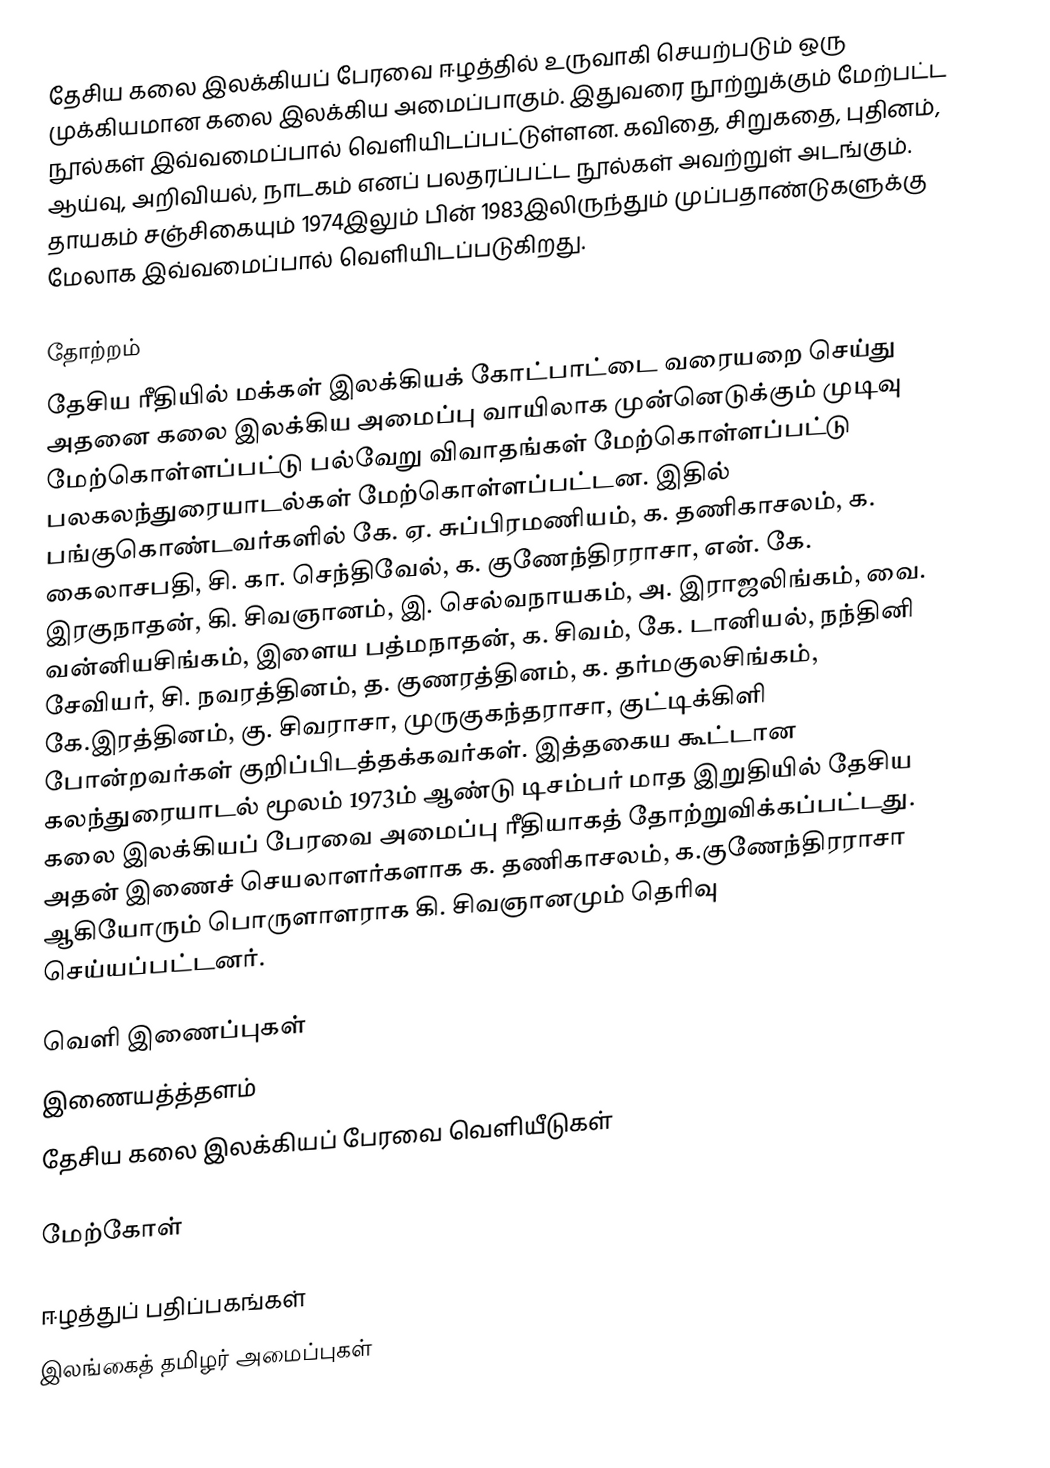
தேசிய கலை இலக்கியப் பேரவை ஈழத்தில் உருவாகி செயற்படும் ஒரு முக்கியமான கலை இலக்கிய அமைப்பாகும். இதுவரை நூற்றுக்கும் மேற்பட்ட நூல்கள் இவ்வமைப்பால் வெளியிடப்பட்டுள்ளன. கவிதை, சிறுகதை, புதினம், ஆய்வு, அறிவியல், நாடகம் எனப் பலதரப்பட்ட நூல்கள் அவற்றுள் அடங்கும். தாயகம் சஞ்சிகையும் 1974இலும் பின் 1983இலிருந்தும் முப்பதாண்டுகளுக்கு மேலாக இவ்வமைப்பால் வெளியிடப்படுகிறது.

தோற்றம்
தேசிய ரீதியில் மக்கள் இலக்கியக் கோட்பாட்டை வரையறை செய்து அதனை கலை இலக்கிய அமைப்பு வாயிலாக முன்னெடுக்கும் முடிவு மேற்கொள்ளப்பட்டு பல்வேறு விவாதங்கள் மேற்கொள்ளப்பட்டு பலகலந்துரையாடல்கள் மேற்கொள்ளப்பட்டன. இதில் பங்குகொண்டவர்களில் கே. ஏ. சுப்பிரமணியம், க. தணிகாசலம், க. கைலாசபதி, சி. கா. செந்திவேல், க. குணேந்திரராசா, என். கே. இரகுநாதன், கி. சிவஞானம், இ. செல்வநாயகம், அ. இராஜலிங்கம், வை. வன்னியசிங்கம், இளைய பத்மநாதன், க. சிவம், கே. டானியல், நந்தினி சேவியர், சி. நவரத்தினம், த. குணரத்தினம், க. தர்மகுலசிங்கம், கே.இரத்தினம், கு. சிவராசா, முருகுகந்தராசா, குட்டிக்கிளி போன்றவர்கள் குறிப்பிடத்தக்கவர்கள். இத்தகைய கூட்டான கலந்துரையாடல் மூலம் 1973ம் ஆண்டு டிசம்பர் மாத இறுதியில் தேசிய கலை இலக்கியப் பேரவை அமைப்பு ரீதியாகத் தோற்றுவிக்கப்பட்டது. அதன் இணைச் செயலாளர்களாக க. தணிகாசலம், க.குணேந்திரராசா ஆகியோரும் பொருளாளராக கி. சிவஞானமும் தெரிவு செய்யப்பட்டனர்.

வெளி இணைப்புகள்
 இணையத்த்தளம்
 தேசிய கலை இலக்கியப் பேரவை வெளியீடுகள்

மேற்கோள்

ஈழத்துப் பதிப்பகங்கள்
இலங்கைத் தமிழர் அமைப்புகள்